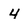
Character: 4